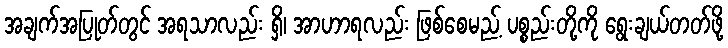
အချက်အပြုတ်တွင် အရသာလည်း ရှိ၊ အာဟာရလည်း ဖြစ်စေမည့် ပစ္စည်းတို့ကို ရွေးချယ်တတ်ဖို့